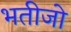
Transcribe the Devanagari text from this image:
भतीजो